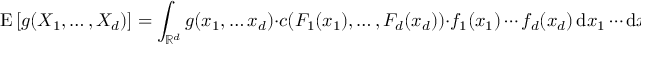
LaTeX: \operatorname { E } \left[ g ( X _ { 1 } , \dots , X _ { d } ) \right] = \int _ { \mathbb { R } ^ { d } } g ( x _ { 1 } , \dots x _ { d } ) \cdot c ( F _ { 1 } ( x _ { 1 } ) , \dots , F _ { d } ( x _ { d } ) ) \cdot f _ { 1 } ( x _ { 1 } ) \cdots f _ { d } ( x _ { d } ) \, \mathrm { d } x _ { 1 } \cdots \mathrm { d } x _ { d } .